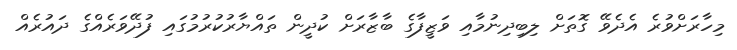
މިހާރަށްވުރެ އެދެވޭ ގޮތަށް ލިބިދިނުމާއި ވަޒީފާގެ ބާޒާރަށް ކުދީން ތައްޔާރުކުރުމުގައި ފުދޭވަރެއްގެ ދައުރެއް